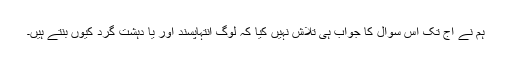
ہم نے آج تک اس سوال کا جواب ہی تلاش نہیں کیا کہ لوگ انتہاپسند اور یا دہشت گرد کیوں بنتے ہیں۔